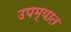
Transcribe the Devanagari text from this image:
उपम्यात